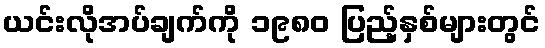
ယင်းလိုအပ်ချက်ကို ၁၉၈၀ ပြည့်နှစ်များတွင်